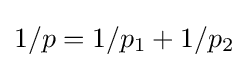
1/p=1/p_{1}+1/p_{2}